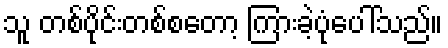
သူ တစ်ပိုင်းတစ်စတော့ ကြားခဲ့ပုံပေါ်သည်။